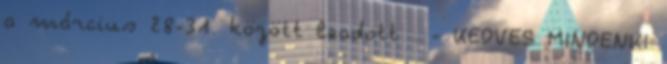
a március 28-31. között leadott . - KEDVES MINDENKI